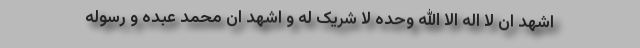
اشهد ان لا اله الا الله وحده لا شریک له و اشهد ان محمد عبده و رسوله